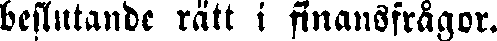
beslutande rätt i finansfrågor.